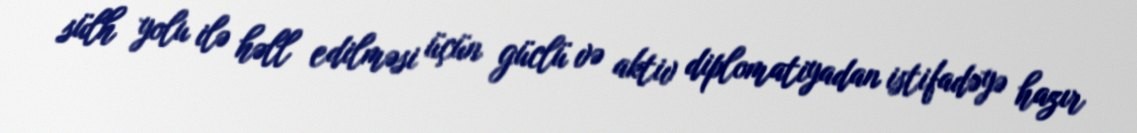
sülh yolu ilə həll edilməsi üçün güclü və aktiv diplomatiyadan istifadəyə hazır